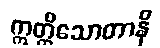
ဣတ္ထိသောတာနိ